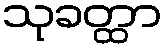
သုခတ္ထာ